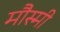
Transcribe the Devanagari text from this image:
मौस्मी